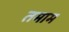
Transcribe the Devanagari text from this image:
तमाम